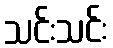
သင်းသင်း